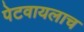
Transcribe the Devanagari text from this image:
पेटवायलाच